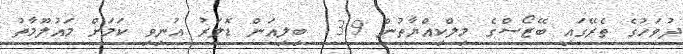
ދުވަހުގެ ތެރޭގައި ބޭޒޯސްގެ މިލްކިއްޔާތުން 13.9 ބިލިއަން ޑޮލަރު އުނިވި ކަމަށް މައުލޫމާތު